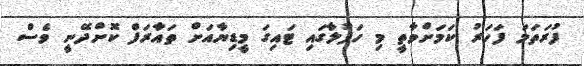
ފުރަތަމަ ފަހަރު ކަމަށްވާތީ މި ހަފުލާގައި ޓައިގަ މީޑިޔާއަށް ތައާރަފް ކޮށްދޭނީ ވެސް